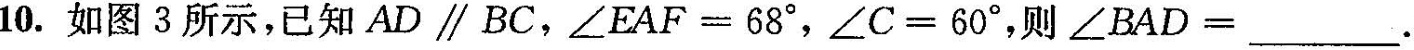
10.如图3所示，已知AD\parallel BC，$$∠ E A F = 6 8 °$$，$$∠ C = 6 0 °$$，则$$∠ B A D =$$___.